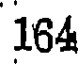
164